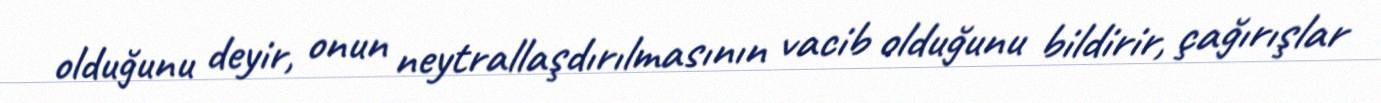
olduğunu deyir, onun neytrallaşdırılmasının vacib olduğunu bildirir, çağırışlar